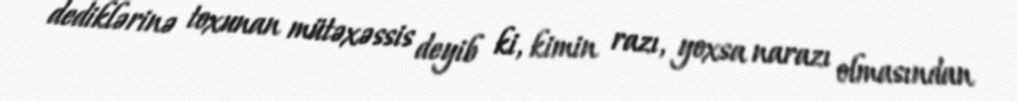
dediklərinə toxunan mütəxəssis deyib ki, kimin razı, yoxsa narazı olmasından